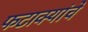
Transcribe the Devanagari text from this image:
फटाक्यांचे